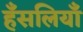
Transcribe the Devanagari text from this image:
हँसलियाँ